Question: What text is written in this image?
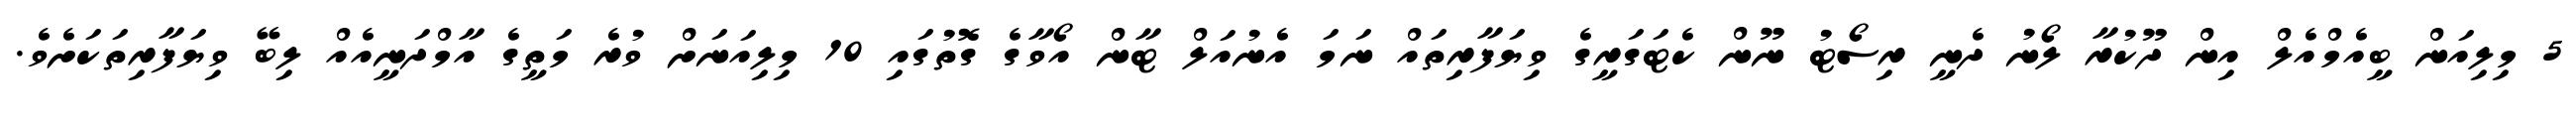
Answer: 5 މިލިއަން ބީއެމްއެލް އިން ދޫކުރާ ލޯނު ދެނީ ރިސޯޓު ނޫން ކެޓަގަރީގެ ވިޔަފާރިތައް ނަމަ އެނުއަލް ޓާން އޯވާގެ ގޮތުގައި 10 މިލިއަނަށް ވުރެ މަތީގެ އާމްދަނީއެއް ލިބޭ ވިޔަފާރިތަކަށެވެ.